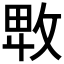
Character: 𢽛